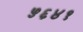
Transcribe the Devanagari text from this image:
५६४१